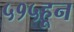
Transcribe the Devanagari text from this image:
५१५हून